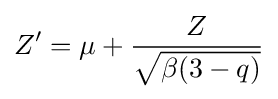
Z'=\mu +{Z \over {\sqrt {\beta (3-q)}}}